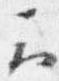
云